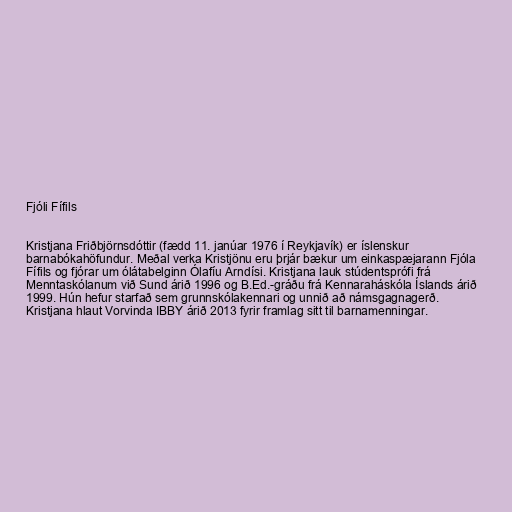
Fjóli Fífils

Kristjana Friðbjörnsdóttir (fædd 11. janúar 1976 í Reykjavík) er íslenskur
barnabókahöfundur. Meðal verka Kristjönu eru þrjár bækur um einkaspæjarann Fjóla
Fífils og fjórar um ólátabelginn Ólafíu Arndísi. Kristjana lauk stúdentsprófi frá
Menntaskólanum við Sund árið 1996 og B.Ed.-gráðu frá Kennaraháskóla Íslands árið
1999. Hún hefur starfað sem grunnskólakennari og unnið að námsgagnagerð.
Kristjana hlaut Vorvinda IBBY árið 2013 fyrir framlag sitt til barnamenningar.